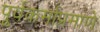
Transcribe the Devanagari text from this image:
पूर्वकर्माप्रमाणे